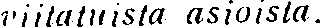
viitatuista asioista.